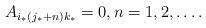
LaTeX: \begin{align*} A_{i_*(j_*+n)k_*}=0, n=1,2,\ldots. \end{align*}